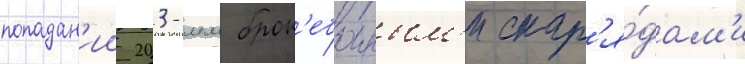
попадан'ии 203-мм брон'ебоиным'и снар'я́дам'и